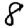
Digit: 8